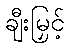
ချီးမြှင့်